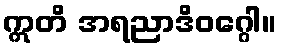
ဣတိ အရညာဒိဝဂ္ဂေါ။